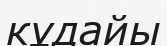
кұдайы